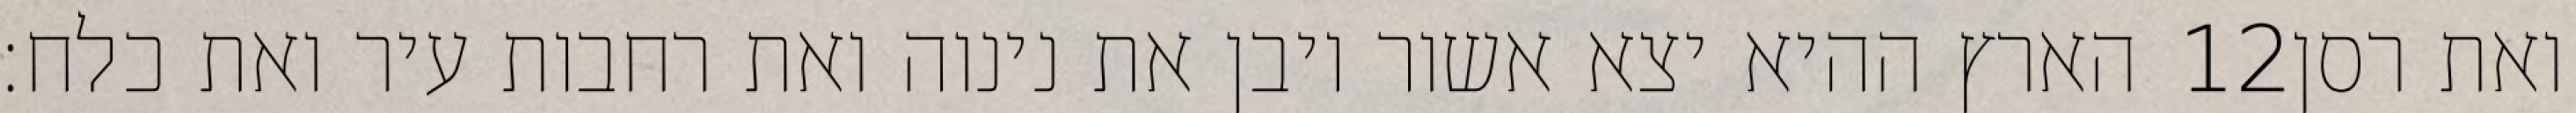
הארץ ההיא יצא אשור ויבן את נינוה ואת רחבות עיר ואת כלח׃ ‎12‏ ואת רסן